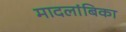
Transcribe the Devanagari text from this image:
मादलांबिका